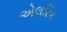
એલરિક